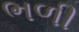
ભળી